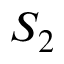
S _ { 2 }